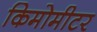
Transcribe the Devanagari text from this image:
किमोमीटर